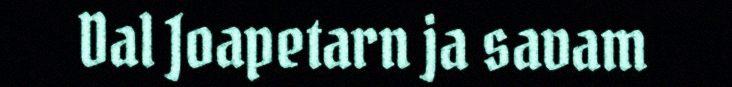
Dal Joapetarn ja savam